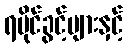
ရပိုင်ခွင့်များနှင့်